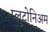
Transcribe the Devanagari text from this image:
प्लुटोनिअम